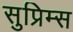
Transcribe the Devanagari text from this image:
सुप्रिम्स